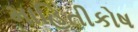
માહિતીકોષ